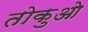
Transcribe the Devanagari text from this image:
तोकुओ